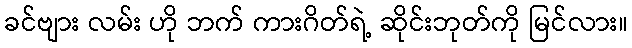
ခင်ဗျား လမ်း ဟို ဘက် ကားဂိတ်ရဲ့ ဆိုင်းဘုတ်ကို မြင်လား။